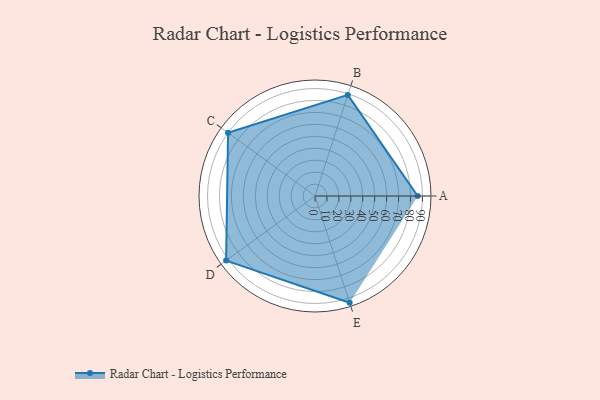
{"axis": {"x": "Skill", "y": "Score"}, "legend": ["Profile"], "data": [{"x": "A", "y": 86.0, "type": "Profile"}, {"x": "B", "y": 89.0, "type": "Profile"}, {"x": "C", "y": 90.0, "type": "Profile"}, {"x": "D", "y": 92.0, "type": "Profile"}, {"x": "E", "y": 94.0, "type": "Profile"}]}